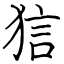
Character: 狺